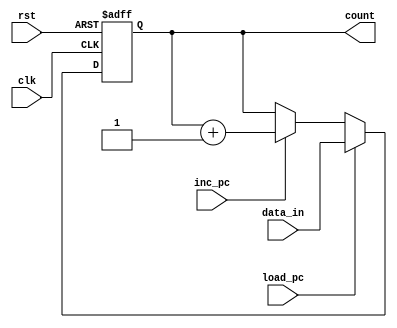
module program_counter(count,data_in,load_pc,inc_pc,clk,rst);
parameter word_size=16;
output [word_size-1:0] count;
input  [word_size-1:0] data_in;
input  load_pc,inc_pc,clk,rst;
reg    count;

always@(posedge clk or negedge rst)
if(rst==0)
count <= 0;
else if(load_pc)
count <= data_in;
else if(inc_pc)
count <= count+1;
endmodule